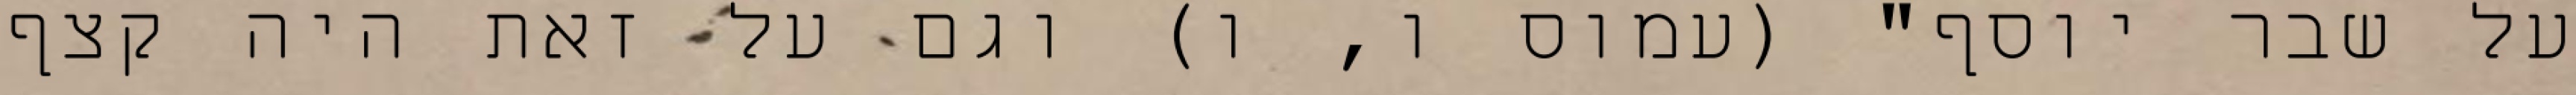
על שבר יוסף" (עמוס ו, ו) וגם על זאת היה קצף